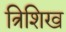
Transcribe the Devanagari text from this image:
त्रिशिख